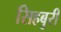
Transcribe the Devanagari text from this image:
सिहबुरी